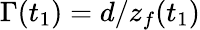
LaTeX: \Gamma(t_{1})=d/z_{f}(t_{1})